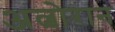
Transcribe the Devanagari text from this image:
अल्बोरान